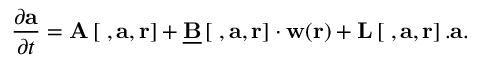
\frac { \partial \mathbf { a } } { \partial t } = \mathbf { A } \left[ \mathbf { \nabla } , \mathbf { a } , \mathbf { r } \right] + \underline { { \mathbf { B } } } \left[ \mathbf { \nabla } , \mathbf { a } , \mathbf { r } \right] \cdot \mathbf { w } ( \mathbf { r } ) + \mathbf { L } \left[ \mathbf { \nabla } , \mathbf { a } , \mathbf { r } \right] . \mathbf { a } .